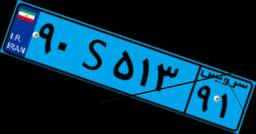
۳۳S۷۷۵۴۵